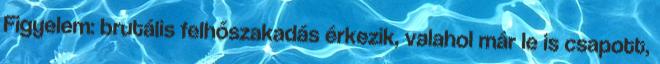
Figyelem: brutális felhőszakadás érkezik, valahol már le is csapott,